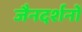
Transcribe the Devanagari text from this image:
जैनदर्शनों